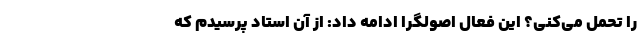
را تحمل می‌کنی؟ این فعال اصولگرا ادامه داد: از آن استاد پرسیدم که